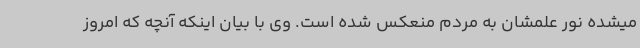
میشده نور علمشان به مردم منعکس شده است. وی با بیان اینکه آنچه که امروز